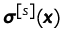
{ \pmb \sigma } ^ { [ s ] } ( { \pmb x } )